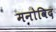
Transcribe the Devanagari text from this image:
मनोविद